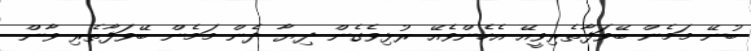
ބުނޭ މަމެން ބޭވަފާތެރިވީއޭ އެހެންވެއޭ ރުޅިވެގެން ދިޔާ ދެން މަމެން ބޭވަފާތެރި ވާން